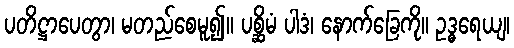
ပတိဋ္ဌာပေတွာ၊ မတည်စေမူ၍။ ပစ္ဆိမံ ပါဒံ၊ နောက်ခြေကို။ ဥဒ္ဓရေယျ၊